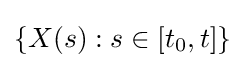
\{X(s):s\in [t_{0},t]\}